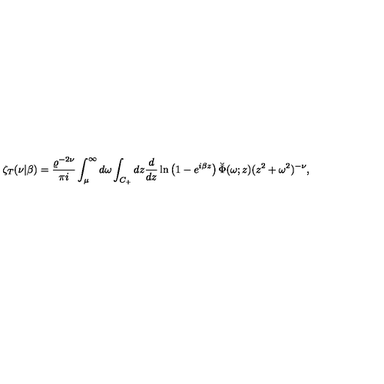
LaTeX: \zeta _ { T } ( \nu | \beta ) = { \frac { \varrho ^ { - 2 \nu } } { \pi i } } \int _ { \mu } ^ { \infty } d \omega \int _ { C _ { + } } d z { \frac { d } { d z } } \ln \left( 1 - e ^ { i \beta z } \right) \breve { \Phi } ( \omega ; z ) ( z ^ { 2 } + \omega ^ { 2 } ) ^ { - \nu } ,